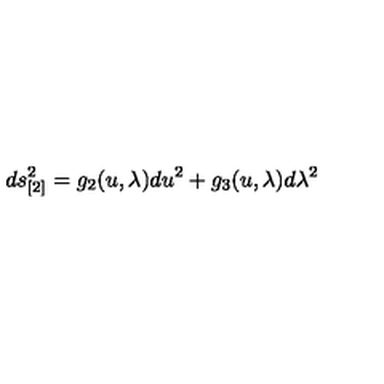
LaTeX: d s _ { [ 2 ] } ^ { 2 } = g _ { 2 } ( u , \lambda ) d u ^ { 2 } + g _ { 3 } ( u , \lambda ) d \lambda ^ { 2 }